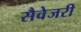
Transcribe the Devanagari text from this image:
सैवेजरी